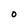
Character: O